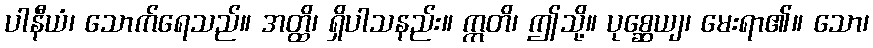
ပါနီယံ၊ သောက်ရေသည်။ အတ္ထိ၊ ရှိပါသနည်း။ ဣတိ၊ ဤသို့။ ပုစ္ဆေယျ၊ မေးရာ၏။ သော၊